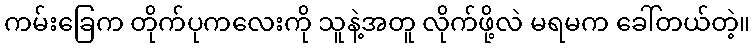
ကမ်းခြေက တိုက်ပုကလေးကို သူနဲ့အတူ လိုက်ဖို့လဲ မရမက ခေါ်တယ်တဲ့။